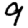
Digit: 9